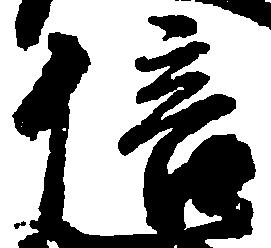
倍